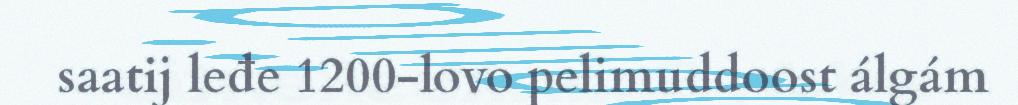
saatij leđe 1200-lovo pelimuddoost álgám